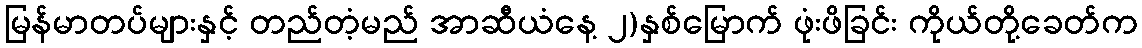
မြန်မာတပ်များနှင့် တည်တံ့မည် အာဆီယံနေ့ ၂)နှစ်မြောက် ဖုံးဖိခြင်း ကိုယ်တို့ခေတ်က